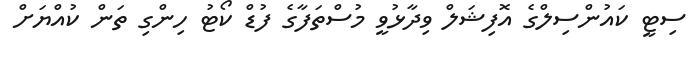
ސިޓީ ކައުންސިލްގެ އޮފިޝަލް ވިދާޅުވީ މުސްތަފާގެ ފުޑް ކޯޓު ހިންގި ތަން ކުއްޔަށް